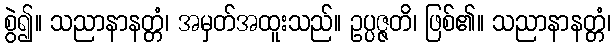
စွဲ၍။ သညာနာနတ္တံ၊ အမှတ်အထူးသည်။ ဥပ္ပဇ္ဇတိ၊ ဖြစ်၏။ သညာနာနတ္တံ၊